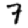
Digit: 7